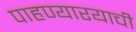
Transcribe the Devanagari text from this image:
पाहण्यारयाची